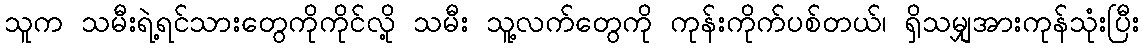
သူက သမီးရဲ့ရင်သားတွေကိုကိုင်လို့ သမီး သူ့လက်တွေကို ကုန်းကိုက်ပစ်တယ်၊ ရှိသမျှအားကုန်သုံးပြီး